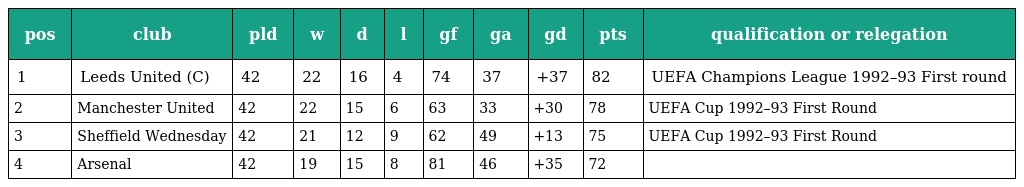
| pos | club | pld | w | d | l | gf | ga | gd | pts | qualification or relegation |
 | --- | --- | --- | --- | --- | --- | --- | --- | --- | --- | --- |
 | 1 | Leeds United (C) | 42 | 22 | 16 | 4 | 74 | 37 | +37 | 82 | UEFA Champions League 1992–93 First round |
 | 2 | Manchester United | 42 | 22 | 15 | 6 | 63 | 33 | +30 | 78 | UEFA Cup 1992–93 First Round |
 | 3 | Sheffield Wednesday | 42 | 21 | 12 | 9 | 62 | 49 | +13 | 75 | UEFA Cup 1992–93 First Round |
 | 4 | Arsenal | 42 | 19 | 15 | 8 | 81 | 46 | +35 | 72 |  |